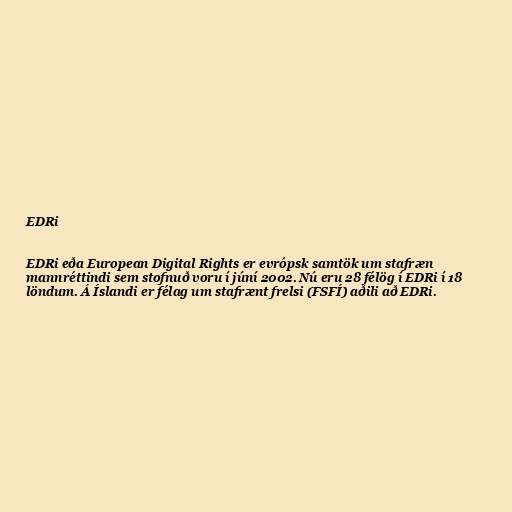
EDRi

EDRi eða European Digital Rights er evrópsk samtök um stafræn
mannréttindi sem stofnuð voru í júní 2002. Nú eru 28 félög í EDRi í 18
löndum. Á Íslandi er félag um stafrænt frelsi (FSFÍ) aðili að EDRi.